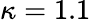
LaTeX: \kappa=1.1